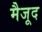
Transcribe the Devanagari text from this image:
मैजूद